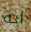
اية